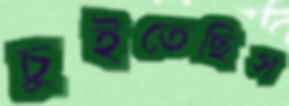
চুইতেছিস